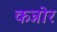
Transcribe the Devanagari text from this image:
कन्नोर